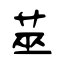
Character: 莁